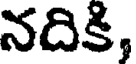
నదికి,